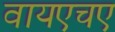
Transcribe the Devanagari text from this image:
वायएचए